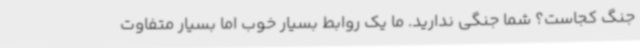
جنگ کجاست؟ شما جنگی ندارید. ما یک روابط بسیار خوب اما بسیار متفاوت